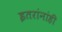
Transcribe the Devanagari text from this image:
इतरांनांही